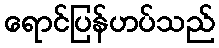
ရောင်ပြန်ဟပ်သည်